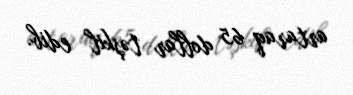
artaraq 65 dollar təşkil edib.